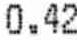
0.42